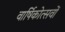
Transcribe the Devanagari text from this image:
वार्षिकोत्सवों